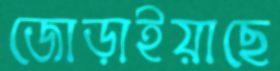
জোড়াইয়াছে